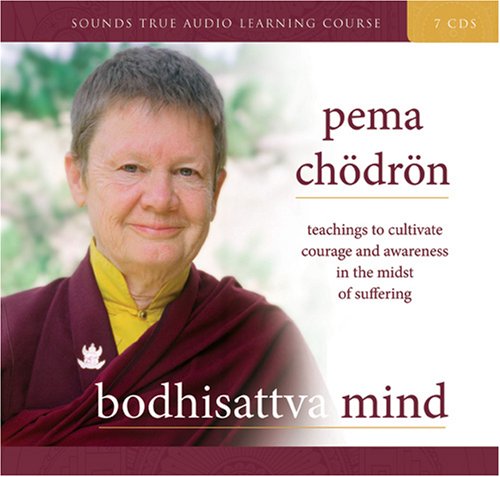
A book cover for Bodhisattva Mind: Teachings to Cultivate Courage and Awareness in the Midst of Suffering; Pema ChÃ¶drÃ¶n; Religion & Spirituality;